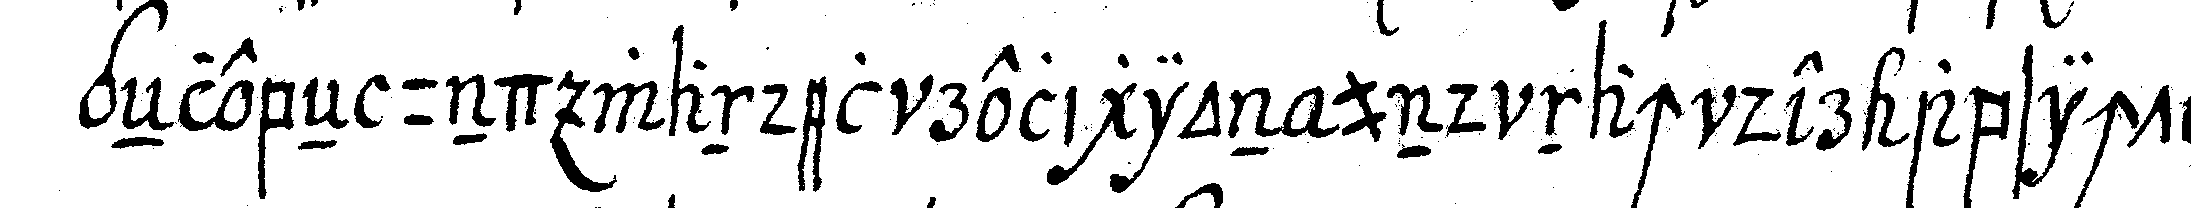
geNlebeN und wandel religion und nach der absicht